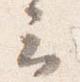
云